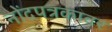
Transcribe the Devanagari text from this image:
नोंदपत्रकावर